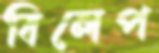
বিলেপ